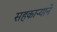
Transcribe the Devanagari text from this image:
सहकार्‍याने